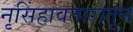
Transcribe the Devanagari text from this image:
नृसिंहावतारातून